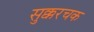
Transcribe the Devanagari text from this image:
सुक्करचक